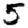
Digit: 5